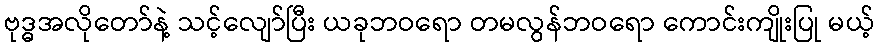
ဗုဒ္ဓအလိုတော်နဲ့ သင့်လျော်ပြီး ယခုဘဝရော တမလွန်ဘဝရော ကောင်းကျိုးပြု မယ့်